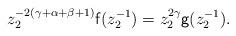
LaTeX: \begin{align*}z_2^{-2(\gamma+\alpha+\beta+1)} {\sf f}(z_2^{-1})=z_2^{2\gamma} {\sf g}(z_2^{-1}).\end{align*}